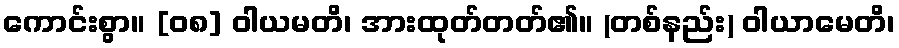
ကောင်းစွာ။ [၀၈] ဝါယမတိ၊ အားထုတ်တတ်၏။ (တစ်နည်း) ဝါယာမေတိ၊